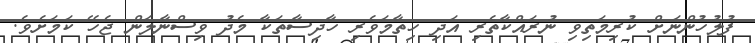
ފުލުހުންނަށް ކުރިމަތިވި ނުރައްކާތެރި އަދި ހިތާމަވެރި ހާދިސާތަކާ މެދު ވިސްނާލަން ޖެހޭ ކަމަށެވެ.